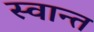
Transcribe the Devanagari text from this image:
स्वान्त